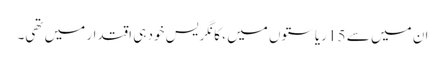
ان میں سے 15 ریاستوں میں ، کانگریس خود ہی اقتدار میں تھی۔